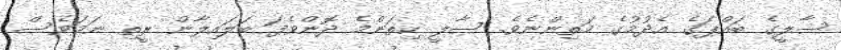
ސާލީގެ ބައްޕަގެ އެދުމުގެ މަތިންނެވެ. ސާލީ ކިތަންމެ ދޮންވެފަ ބަލައިލާން ރީތި ނަމަވެސް